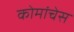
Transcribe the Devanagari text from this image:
कोमांचेस